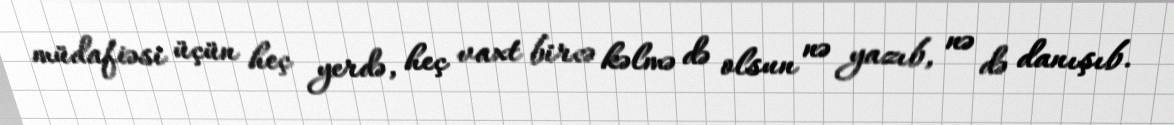
müdafiəsi üçün heç yerdə, heç vaxt bircə kəlmə də olsun nə yazıb, nə də danışıb.